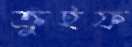
ক্রুইফ